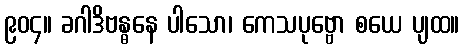
၉၀၄။ ခဂါဒိဗန္ဓနေ ပါသော၊ ကေသပုဗ္ဗော စယေ ပျထ။